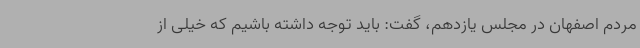
مردم اصفهان در مجلس یازدهم، گفت: باید توجه داشته باشیم که خیلی از